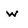
Character: w